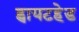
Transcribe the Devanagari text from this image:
ह्वायटहेड